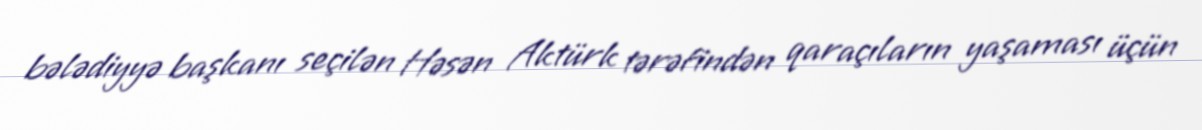
bələdiyyə başkanı seçilən Həsən Aktürk tərəfindən qaraçıların yaşaması üçün